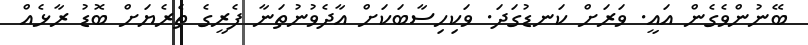
ބޭނުންވެގެން އައީ. ވަރަށް ކަނޑުގަދަ. ވަކިހިސާބަކަށް އާދެވުނުތަނާ ފެރީގެ ތެރެޔަށް ބޮޑު ރާޅެއް